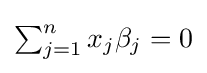
{\textstyle \sum _{j=1}^{n}x_{j}\beta _{j}=0}